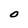
Character: O